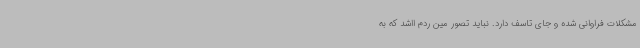
مشکلات فراوانی شده و جای تاسف دارد. نباید تصور مین ردم ااشد که به